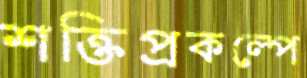
শক্তিপ্রকল্পে